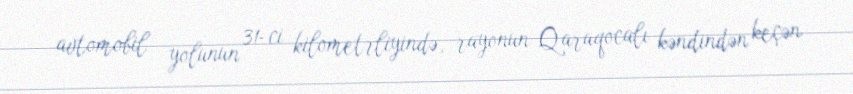
avtomobil yolunun 31-ci kilometrliyində, rayonun Qaraqocalı kəndindən keçən